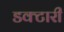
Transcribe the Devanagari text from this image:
डक्टारी